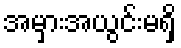
အမှားအယွင်းမရှိ